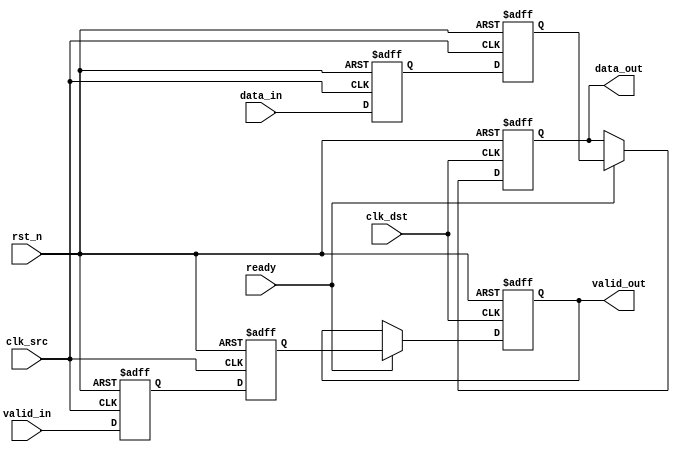
module MemoryBlocksPipelineSynchronizer #(
    parameter DATA_WIDTH = 32,        // Width of the data bus
    parameter NUM_PIPELINE_STAGES = 2 // Number of pipeline stages
)(
    input  wire                  clk_src,  // Source clock
    input  wire                  clk_dst,  // Destination clock
    input  wire [DATA_WIDTH-1:0] data_in, // Input data from source clock domain
    input  wire                  valid_in, // Valid signal from source clock domain
    output reg [DATA_WIDTH-1:0] data_out, // Output data to destination clock domain
    output reg                  valid_out, // Valid signal to destination clock domain
    input  wire                  ready,     // Ready signal from destination clock domain
    input  wire                  rst_n      // Asynchronous reset (active low)
);

// Internal signals for synchronization
reg [DATA_WIDTH-1:0] sync_data[0:NUM_PIPELINE_STAGES-1];
reg sync_valid[0:NUM_PIPELINE_STAGES-1];

// Handshaking and control signals
reg valid_pipe[0:NUM_PIPELINE_STAGES-1];

// Synchronization logic
always @(posedge clk_src or negedge rst_n) begin
    if (!rst_n) begin
        // Reset logic
        sync_data[0] <= {DATA_WIDTH{1'b0}};
        sync_valid[0] <= 1'b0;
    end else begin
        // First stage: latch incoming data and valid signal
        sync_data[0] <= data_in;
        sync_valid[0] <= valid_in;
    end
end

genvar i;
generate
    for (i = 1; i < NUM_PIPELINE_STAGES; i = i + 1) begin : pipeline_stages
        always @(posedge clk_src or negedge rst_n) begin
            if (!rst_n) begin
                sync_data[i] <= {DATA_WIDTH{1'b0}};
                sync_valid[i] <= 1'b0;
            end else begin
                // Subsequent stages
                sync_data[i] <= sync_data[i-1];
                sync_valid[i] <= sync_valid[i-1];
            end
        end
    end
endgenerate

// Output synchronization to destination clock domain
always @(posedge clk_dst or negedge rst_n) begin
    if (!rst_n) begin
        data_out <= {DATA_WIDTH{1'b0}};
        valid_out <= 1'b0;
    end else if (ready) begin
        data_out <= sync_data[NUM_PIPELINE_STAGES-1];
        valid_out <= sync_valid[NUM_PIPELINE_STAGES-1];
    end
end

endmodule